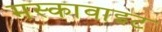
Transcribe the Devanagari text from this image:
मस्कावाइट